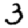
Digit: 3